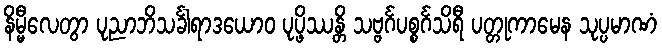
နိမ္မီလေတွာ ပုညာဘိသင်္ခါရာဒယောဝ ပုပ္ဖိဿန္တိ သဗ္ဗင်္ဂပစ္စင်္ဂသိရီ ပတ္တုကာမေန သုပ္ပမာဏံ